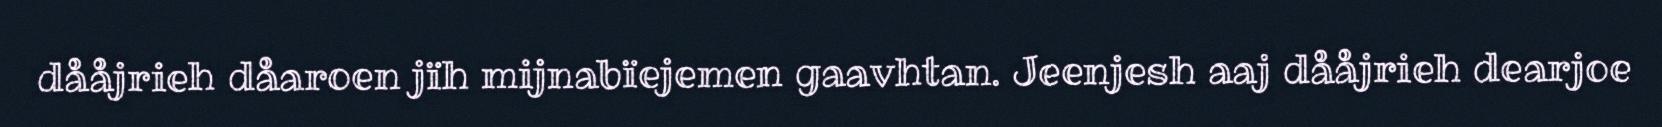
dååjrieh dåaroen jïh mijnabïejemen gaavhtan. Jeenjesh aaj dååjrieh dearjoe